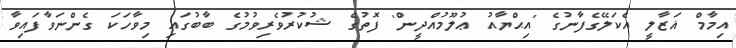
އިމާމް ޣަޒާލީ އެކަލޭގެފާނުގެ 'އިޙްޔާއު ޢުލޫމުއްދީން' ފޮތުގެ ޝުކުރުވެރިވުމުގެ ބާބުގައި މިވާހަކަ ގެންނަވާފައިވާ